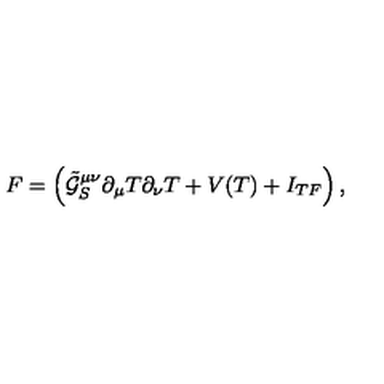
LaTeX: F = \left( \tilde { \mathcal { G } } _ { S } ^ { \mu \nu } \partial _ { \mu } T \partial _ { \nu } T + V ( T ) + I _ { T F } \right) ,